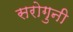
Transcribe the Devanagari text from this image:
सरोगुनी